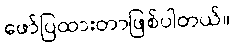
ဖော်ပြထားတာဖြစ်ပါတယ်။